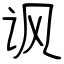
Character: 讽